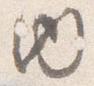
内